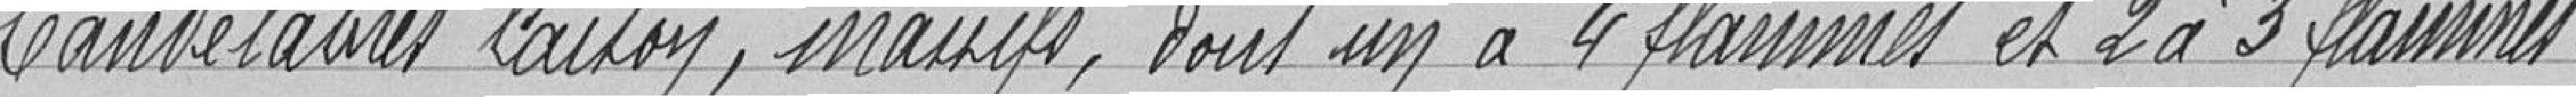
candélabres laiton, massifs, dont un à 4 flammes et 2 à 3 flammes